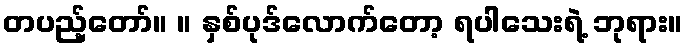
တပည့်တော်။ ။ နှစ်ပုဒ်လောက်တော့ ရပါသေးရဲ့ ဘုရား။